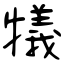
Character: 犠